Annual administration report of the Civil Veterinary Department of India - 1894-1895
Year: 1894
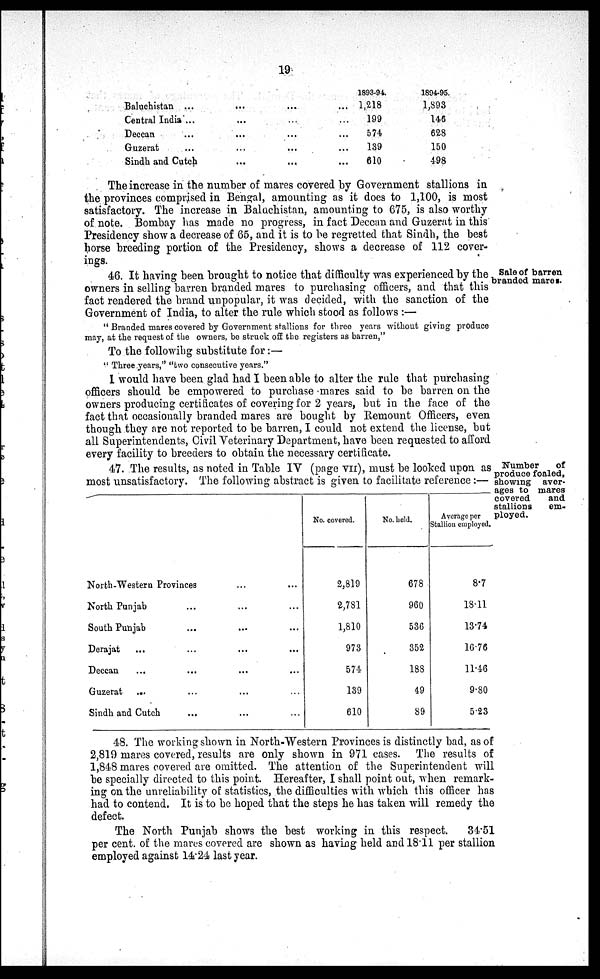
19
Baluchistan ...
Central India ...
Deccan ...
Guzerat ...
Sindh and Cutch
...
...
...
...
...
...
...
...
...
...
...
...
...
...
...
1893-94.
1,218
199
574
139
610
1894-95.
1,893
146
628
150
498
The increase in the number of mares covered by Government stallions in
the provinces comprised in Bengal, amounting as it does to 1,100, is most
satisfactory. The increase in Baluchistan, amounting to 675, is also worthy
of note. Bombay has made no progress, in fact Deccan and Guzerat in this
Presidency show a decrease of 65, and it is to be regretted that Sindh, the best
horse breeding portion of the Presidency, shows a decrease of 112 cover-
ings.
Sale of barren
branded mares.
46. It having been brought to notice that difficulty was experienced by the
owners in selling barren branded mares to purchasing officers, and that this
fact rendered the brand unpopular, it was decided, with the sanction of the
Government of India, to alter the rule which stood as follows :—
" Branded mares covered by Government stallions for three years without giving produce
may, at the request of the owners, be struck off the registers as barren,"
To the following substitute for:—
" Three years," "two consecutive years."
1 would have been glad had I been able to alter the rule that purchasing
officers should be empowered to purchase mares said to be barren on the
owners producing certificates of covering for 2 years, but in the face of the
fact that occasionally branded mares are bought by Remount Officers, even
though they are not reported to be barren, I could not extend the license, but
all Superintendents, Civil Veterinary Department, have been requested to afford
every facility to breeders to obtain the necessary certificate.
Number
of
produce foaled,
showing aver-
ages to mares
covered
and
stallions
em-
ployed.
47. The results, as noted in Table IV (page VII), must be looked upon as
most unsatisfactory. The following abstract is given to facilitate reference :—
North-Western Provinces ... ...
North Punjab
...
...
...
South Punjab
...
...
...
Derajat
...
...
...
...
Deccan
...
...
...
...
Guzerat
...
...
... ...
Sindh and Cutch
...
...
...
No. covered.
2,819
2,781
1,810
973
574
139
610
No. held.
678
960
536
352
188
49
89
Average per
Stallion employed.
8.7
18.11
13.74
16.76
11.46
9.80
5.23
48. The working shown in North-Western Provinces is distinctly bad, as of
2,819 mares covered, results are only shown in 971 cases. The results of
1,848 mares covered are omitted. The attention of the Superintendent will
be specially directed to this point. Hereafter, I shall point out, when remark-
ing on the unreliability of statistics, the difficulties with which this officer has
had to contend. It is to be hoped that the steps he has taken will remedy the
defect.
The North Punjab shows the best working in this respect.
34.51
per cent. of the mares covered are shown as having held and 18.11 per stallion
employed against 14.24 last year.